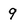
Character: 9